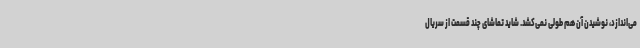
می‌اندازد، نوشیدن آن هم طولی نمی‌کشد. شاید تماشای چند قسمت از سریال